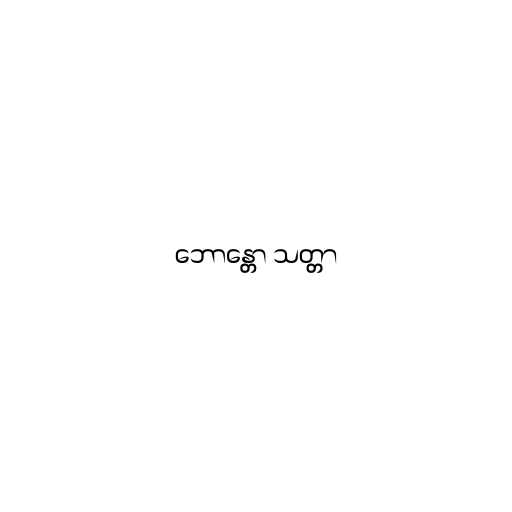
ဘောန္တော သတ္တာ